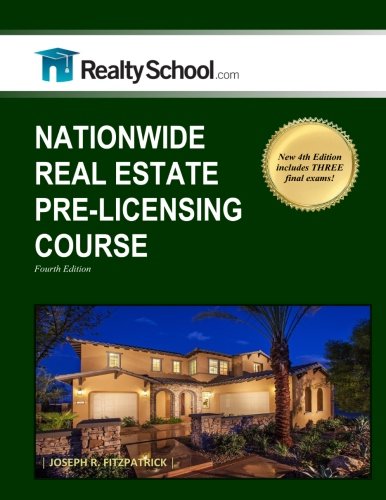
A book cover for Nationwide Real Estate Pre-licensing Course: 4th Edition; Joseph R. Fitzpatrick; Education & Teaching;